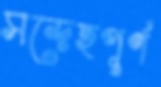
সন্দেহপূর্ণ